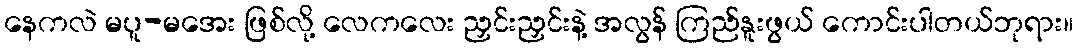
နေကလဲ မပူ-မအေး ဖြစ်လို့ လေကလေး ညှင်းညှင်းနဲ့ အလွန် ကြည်နူးဖွယ် ကောင်းပါတယ်ဘုရား။